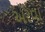
અરવા